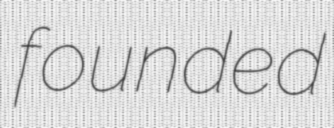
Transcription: founded